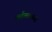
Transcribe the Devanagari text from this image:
कर्तृत्त्वाच्या